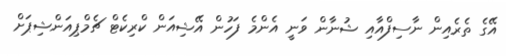
އޭގެ ތެރެއިން ނާސިފްއާއި ޝުނާން ވަނީ އެންމެ ފަހުން އޭޝިއަން ކްރިކެޓް ޗެމްޕިއަންޝިޕަށް